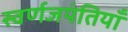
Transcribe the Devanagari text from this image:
स्वर्णजयंतियाँ